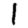
Digit: 1